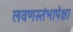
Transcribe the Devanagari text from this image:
लवणस्तंभापेक्षा